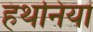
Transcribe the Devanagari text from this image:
हथनियां